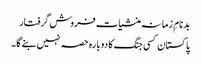
بدنامِ زمانہ منشیات فروش گرفتار
پاکستان کسی جنگ کا دوبارہ حصہ نہیں بنے گا۔